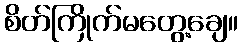
စိတ်ကြိုက်မတွေ့ချေ။